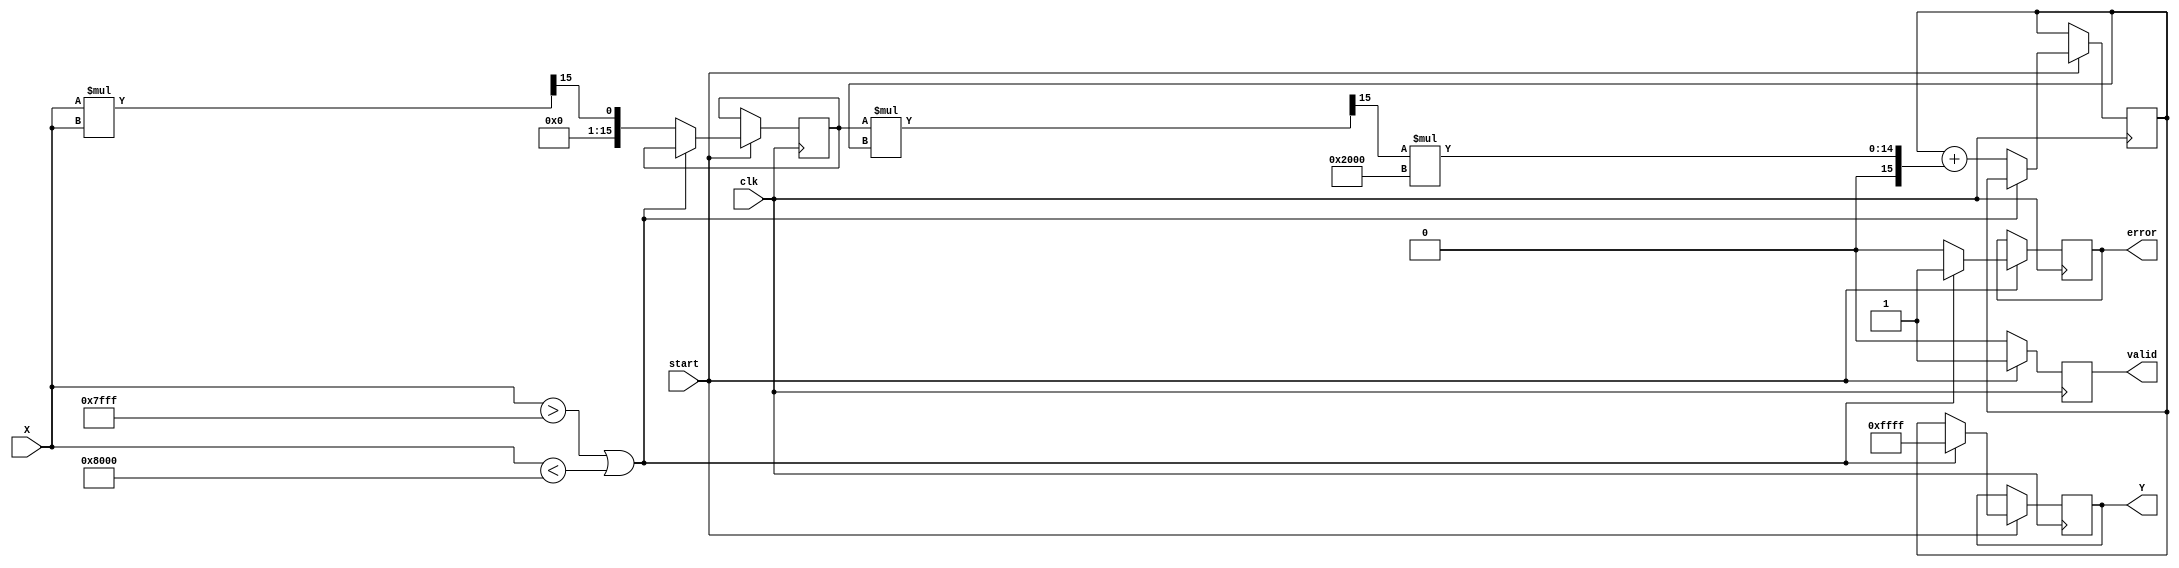
module asin_block (
    input wire clk,               // Clock signal
    input wire start,             // Control signal to start computation
    input wire signed [15:0] X,   // Input signal (fixed-point representation, range [-1, 1])
    output reg signed [15:0] Y,    // Output signal (angle in radians)
    output reg valid,             // Output valid signal
    output reg error              // Error signal
);

    // Parameters
    parameter signed [15:0] MAX_INPUT = 16'h7FFF; // 1.0 in fixed-point
    parameter signed [15:0] MIN_INPUT = 16'h8000; // -1.0 in fixed-point
    parameter signed [15:0] NaN = 16'hFFFF;        // NaN representation

    // Polynomial coefficients for approximation (example coefficients)
    parameter signed [15:0] A0 = 16'h0000; // 0
    parameter signed [15:0] A1 = 16'h4000; // 1.0
    parameter signed [15:0] A2 = 16'hC000; // -0.3333
    parameter signed [15:0] A3 = 16'h2000; // 0.2

    // Internal signals
    reg signed [15:0] x_squared;
    reg signed [15:0] approx;

    // State machine for processing
    always @(posedge clk) begin
        if (start) begin
            // Domain check
            if (X > MAX_INPUT || X < MIN_INPUT) begin
                Y <= NaN; // Output NaN for invalid input
                valid <= 1'b1;
                error <= 1'b1;
            end else begin
                error <= 1'b0; // No error
                valid <= 1'b0; // Reset valid signal

                // Compute x^2
                x_squared <= (X * X) >> 15; // Assuming X is in Q15 format

                // Polynomial approximation: asin(x)  x + (x^3)/6 + (3x^5)/40
                approx <= X + ((x_squared * X) >> 15) * A2; // x + (-0.3333 * x^3)
                approx <= approx + ((x_squared * approx) >> 15) * A3; // + (0.2 * x^5)

                // Assign the result to output
                Y <= approx;
                valid <= 1'b1; // Indicate output is valid
            end
        end else begin
            valid <= 1'b0; // Reset valid signal when not starting
        end
    end
endmodule